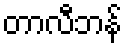
တာလီဘန်